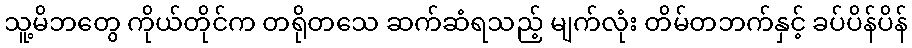
သူ့မိဘတွေ ကိုယ်တိုင်က တရိုတသေ ဆက်ဆံရသည့် မျက်လုံး တိမ်တဘက်နှင့် ခပ်ပိန်ပိန်